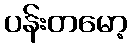
ပန်းတမော့